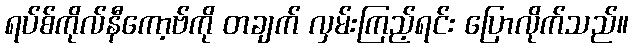
ရပ်စ်ကိုလ်နီကော့ဗ်ကို တချက် လှမ်းကြည့်ရင်း ပြောလိုက်သည်။